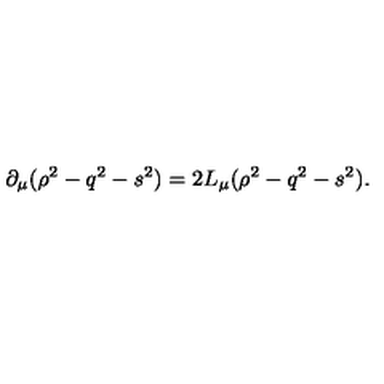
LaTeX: \partial _ { \mu } ( \rho ^ { 2 } - q ^ { 2 } - s ^ { 2 } ) = 2 L _ { \mu } ( \rho ^ { 2 } - q ^ { 2 } - s ^ { 2 } ) .